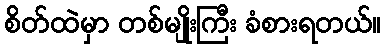
စိတ်ထဲမှာ တစ်မျိုးကြီး ခံစားရတယ်။